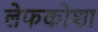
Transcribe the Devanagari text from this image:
लेफकोशा